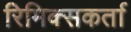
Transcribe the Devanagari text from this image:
रिमिक्सकर्ता